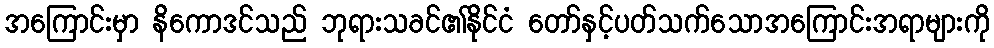
အကြောင်းမှာ နိကောဒင်သည် ဘုရားသခင်၏နိုင်ငံ တော်နှင့်ပတ်သက်သောအကြောင်းအရာများကို